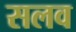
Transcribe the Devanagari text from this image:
सलव